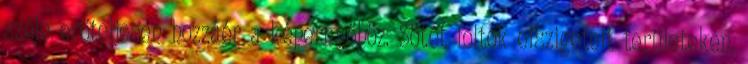
széle erőteljesen hozzáér a képernyőhöz. Sötét foltok elszigetelt területeken,